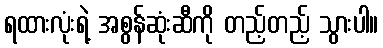
ရထားလုံးရဲ့ အစွန်ဆုံးဆီကို တည့်တည့် သွားပါ။